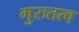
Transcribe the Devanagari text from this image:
गुरुतत्व